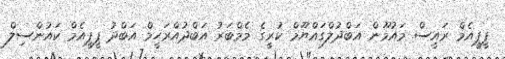
ޕީޕީއެމް ރައީސް މައުމޫން އަބްދުލްގައްޔޫމް ކުރީގެ މެމްބަރު އަބްދުއްރަހީމް އަބްދު ޕީޕީއެމް ކައުންސިލް